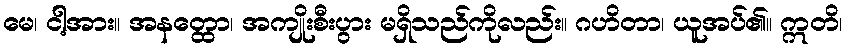
မေ၊ ငါ့အား။ အနတ္ထော၊ အကျိုးစီးပွား မရှိသည်ကိုလည်း။ ဂဟိတာ၊ ယူအပ်၏။ ဣတိ၊